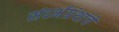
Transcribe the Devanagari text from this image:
संदर्भग्रंथांचे